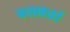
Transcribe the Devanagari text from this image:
प्रसन्नतां